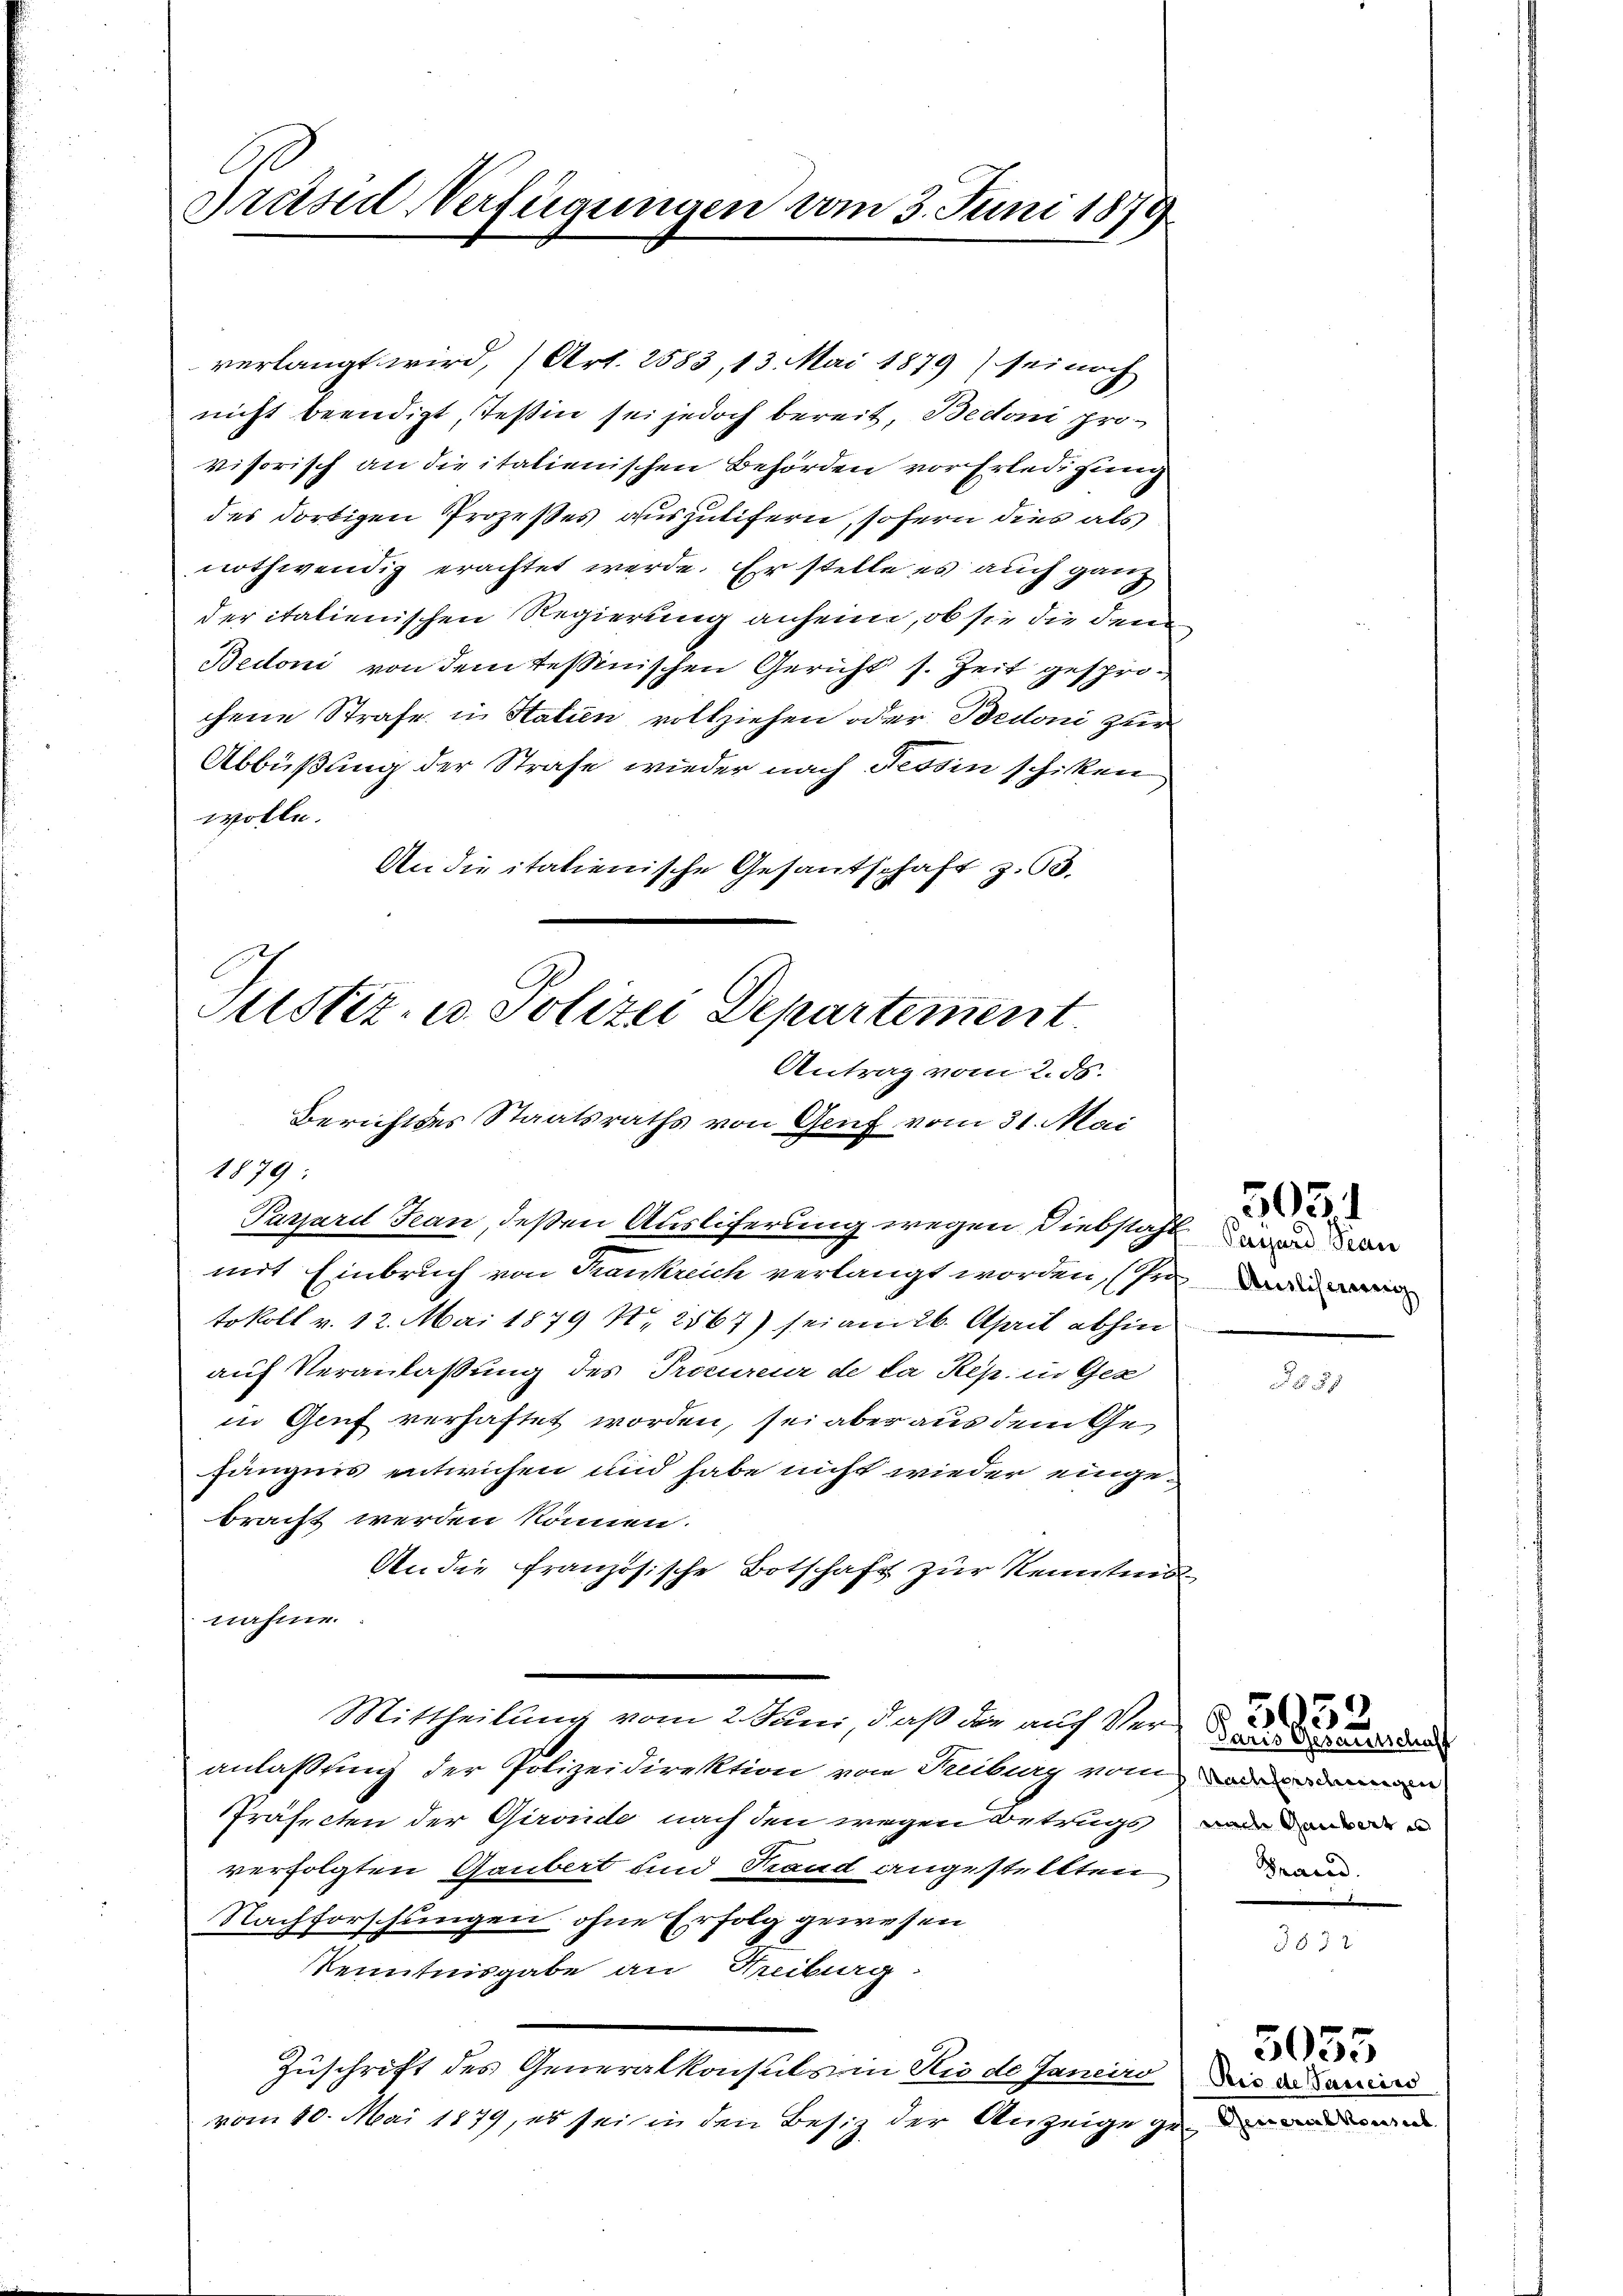
Trasen Verfügungen vom 3. Juni 1879.

verlangt wird, (Art. 2583, 13. Mai 1879 sei noch
nicht beendigt, Teßin sei jedoch bereit, Bedoni pro-
visorisch an die italienischen Behörden vor Erledigung
des dortigen Prozeßes auszutifern, sofern dies als
nothwendig erachtet werde. Er stelle es auch ganz
der italienischen Regierung anheim, ob sie die dem
Bedoni von dem Tessinischen Gericht s. Zeit gesprochene Strafe in Statien vollziehen oder Bedoni zur
Abbüßung der Strafe wieder nach Tessin schiken
wolle.
An die italienische Gesantschaft z. 63.

Justiz- u. Polizei Departement.
Antrag vom 2. ds.
Berichtes Staatsraths von Genf vom 31. Mai
1879:

Parpard Jean, deßen Ausliferung wegen Diebstahl wenn den
mit Einbruch von Krankreich verlangt worden, (sein
tokoll v. 12. Mai 1879 No 2567) sei am 26. April abhin
auf Veranlaßung des Procureur de la Rép. in Gez
in Genf verhaftet worden, sei aber aus dem Gefängnis entwichen und habe nicht wieder eingebracht werden können.
An die französische Botschaft zur Kenntnis
nahme.
Mittheilung vom 2. Juni, daß die auf Veranlaßung der Polizeidirektion von Freiburg vom oder
Präfecten der Girende nach den wegen Betrugs
verfolgten Gaubert und Rand angestellten
Nachforschungen ohne Erfolg gewesen
Kenntnisgabe an Streiburg.
Zuschrift des Generalkonsuls in Rio de Janeiro
vom 10. Mai 1879, es sei in den Besitz der Anzeige gene

5052

5051

29

Paris Gesentschaff
Brand.

3572

Rio de Pauseins

5055